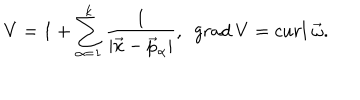
V = 1 + \sum _ { \alpha = 1 } ^ { k } \frac { 1 } { | \vec { x } - \vec { p } _ { \alpha } | } , \ \ g r a d \ V = c u r l \ \vec { \omega } .